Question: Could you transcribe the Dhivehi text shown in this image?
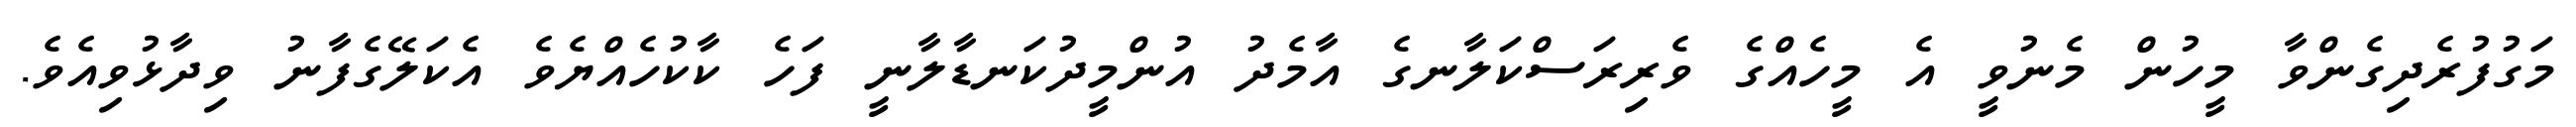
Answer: މަގުފުރެދިގެންވާ މީހުން މެނުވީ އެ މީހެއްގެ ވެރިރަސްކަލާނގެ އާމެދު އުންމީދުކަނޑާލާނީ ފަހެ ކާކުހެއްޔެވެ އެކަލޭގެފާނު ވިދާޅުވިއެވެ.